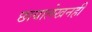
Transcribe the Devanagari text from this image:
छायालेखनही